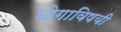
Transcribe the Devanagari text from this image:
भोगाविषयी